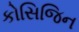
કોસિજિન